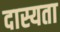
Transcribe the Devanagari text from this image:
दास्यता